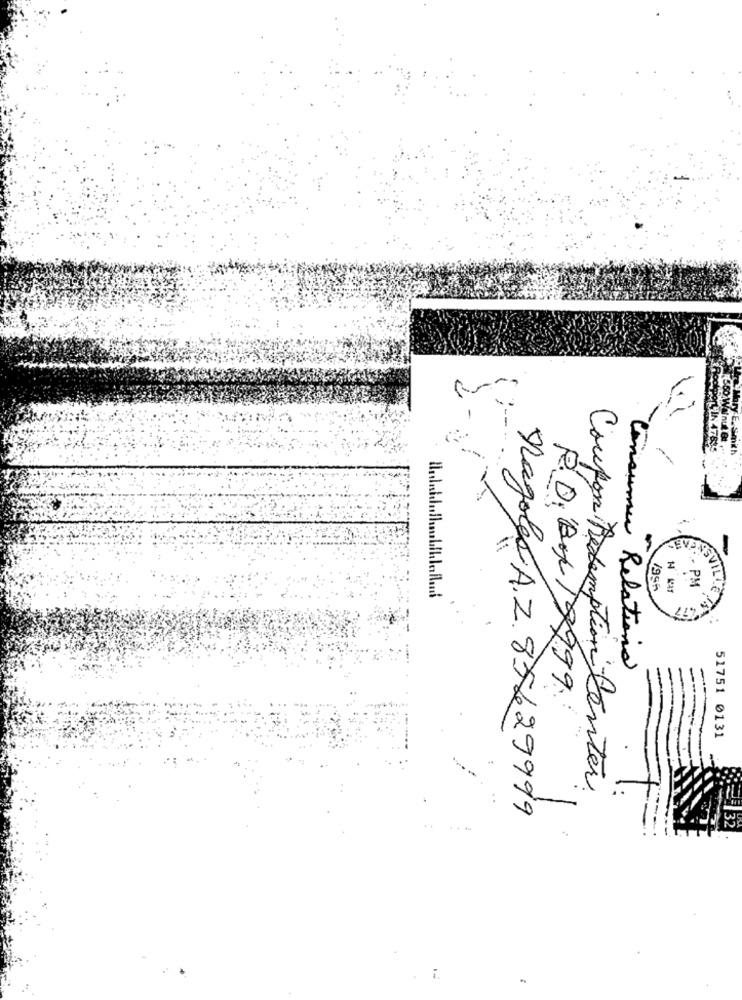
-
Consumer
-
1995
. PM
4.77
in Relationa
R.D. BOX 19999.
51751 0131
Coupon Redemption Center
Nagoles A.Z. 85629999